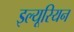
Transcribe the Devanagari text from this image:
इल्यूरियन